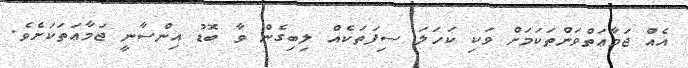
އެއް ޖަމާޢަތްވަންތަކަމަށް ވަކި ކަހަލަ ސިފަތަކެއް ލިބިގެން ވާ ބޮޑު އިންސާނީ ޖަމާޢަތަކަށެވެ.